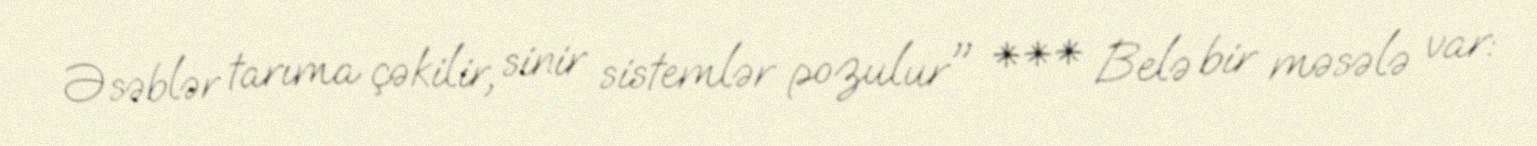
Əsəblər tarıma çəkilir, sinir sistemlər pozulur" *** Belə bir məsələ var: